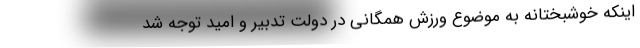
اینکه خوشبختانه به موضوع ورزش همگانی در دولت تدبیر و امید توجه شد